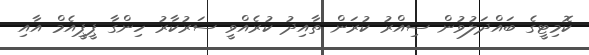
ކޮމިޓީގެ ބައްދަލުވުން ސިއްރު ކުރަން ތާއިދު ކުރެއްވީ ސަރުކާރު ހިންގާ ޕީޕީއެމް އާއި